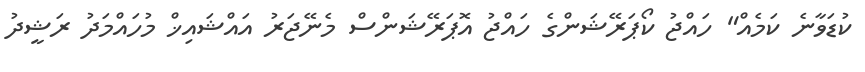
ކުޑަވާނެ ކަމެއް" ހައްޖު ކޯޕަރޭޝަންގެ ހައްޖު އޮޕަރޭޝަންސް މެނޭޖަރު އައްޝައިޚް މުހައްމަދު ރަޝީދު